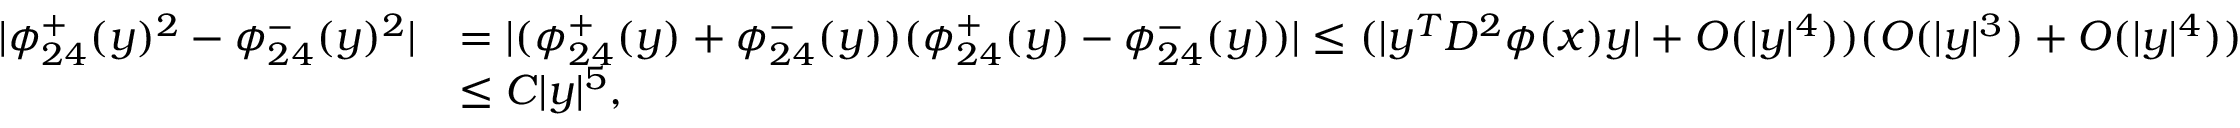
\begin{array} { r l } { | \phi _ { 2 4 } ^ { + } ( y ) ^ { 2 } - \phi _ { 2 4 } ^ { - } ( y ) ^ { 2 } | } & { = | ( \phi _ { 2 4 } ^ { + } ( y ) + \phi _ { 2 4 } ^ { - } ( y ) ) ( \phi _ { 2 4 } ^ { + } ( y ) - \phi _ { 2 4 } ^ { - } ( y ) ) | \leq ( | y ^ { T } D ^ { 2 } \phi ( x ) y | + O ( | y | ^ { 4 } ) ) ( O ( | y | ^ { 3 } ) + O ( | y | ^ { 4 } ) ) } \\ & { \leq C | y | ^ { 5 } , } \end{array}